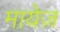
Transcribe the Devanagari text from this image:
मायेज़